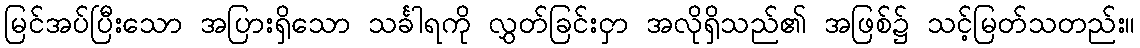
မြင်အပ်ပြီးသော အပြားရှိသော သင်္ခါရကို လွှတ်ခြင်းငှာ အလိုရှိသည်၏ အဖြစ်၌ သင့်မြတ်သတည်း။